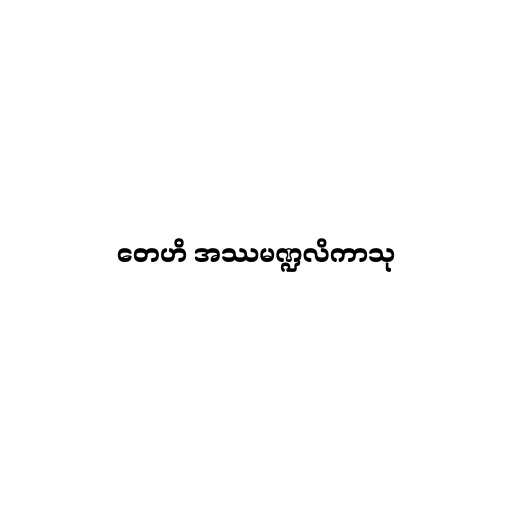
တေဟိ အဿမဏ္ဍလိကာသု